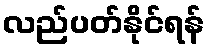
လည်ပတ်နိုင်ရန်